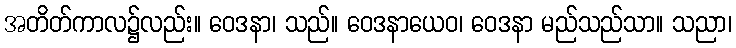
အတိတ်ကာလ၌လည်း။ ဝေဒနာ၊ သည်။ ဝေဒနာယေဝ၊ ဝေဒနာ မည်သည်သာ။ သညာ၊